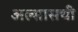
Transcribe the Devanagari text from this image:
अल्सासची